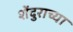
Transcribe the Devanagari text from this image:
शेंदुराच्या